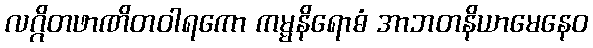
လဂ္ဂိတဖာဏိတဝါရကော ကမ္မနိရောဓံ အာဘတနိယာမေနေဝ